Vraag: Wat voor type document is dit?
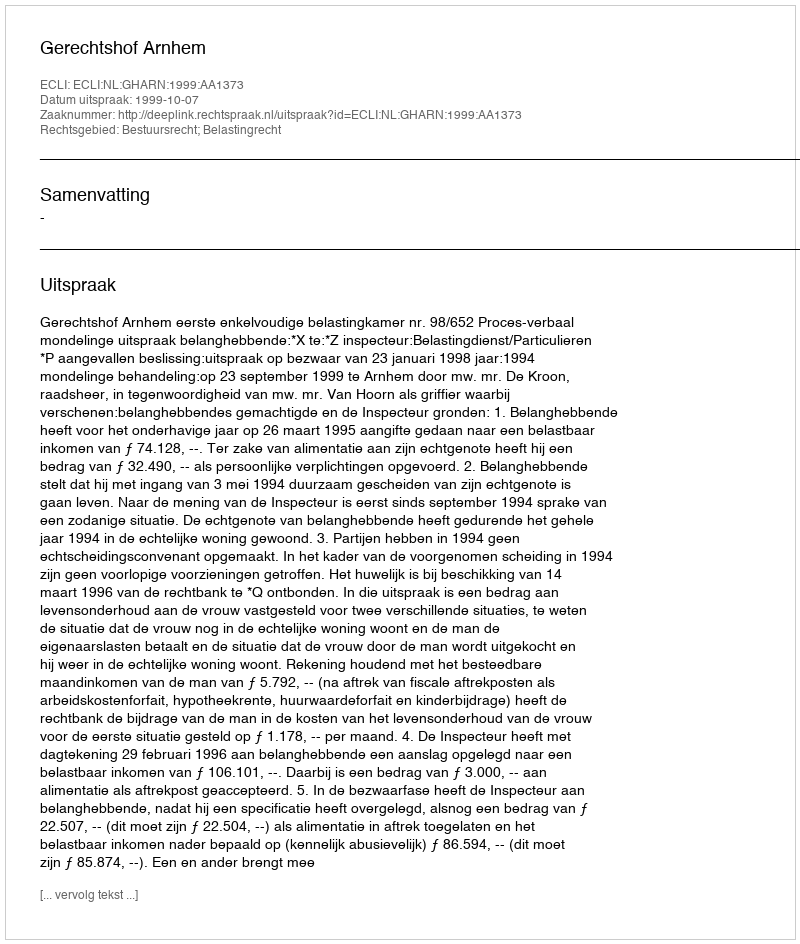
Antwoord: Uitspraak